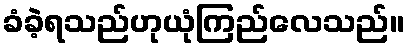
ခံခဲ့ရသည်ဟုယုံကြည်လေသည်။